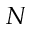
N